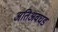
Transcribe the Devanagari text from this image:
अतिअवघड